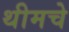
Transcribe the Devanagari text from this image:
थीमचे